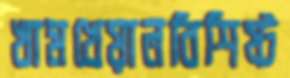
খামখেয়ালবিশিষ্ট